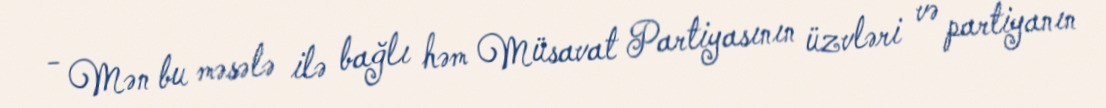
- Mən bu məsələ ilə bağlı həm Müsavat Partiyasının üzvləri və partiyanın